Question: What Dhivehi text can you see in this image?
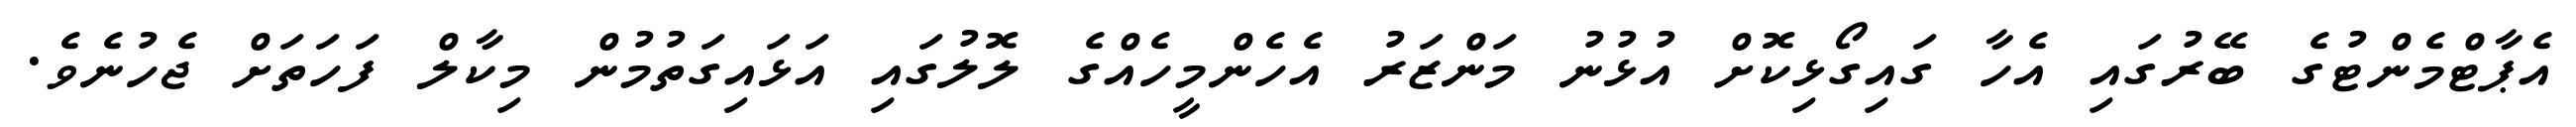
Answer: އެޕާޓްމެންޓުގެ ބޭރުގައި އެހާ ގައިގޯޅިކޮށް އުޅުނު މަންޒަރު އެހެންމީހެއްގެ ލޮލުގައި އަޅައިގަތުމުން މިކާލް ފަހަތަށް ޖެހުނެވެ.